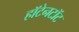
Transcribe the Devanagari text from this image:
हॉटेनटॉट